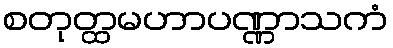
စတုတ္ထမဟာပဏ္ဏာသကံ